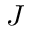
J